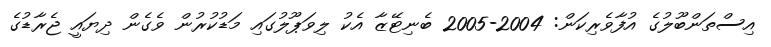
އިސްތަންބޫލުގެ އުފާވެރިކަން: 2004-2005 ބެނިޓޭޒާ އެކު ލިވަޕޫލުގައި މަޑުކުރުން ވެގެން ދިޔައީ ޖެރާޑުގެ